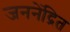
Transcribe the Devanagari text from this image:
जननेंद्रित